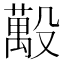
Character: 𪵒